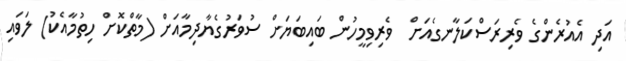
އަދި އެއުރެންގެ ވެރިރަސްކަލާނގެއަށް  ވެރިވިމީހުން ބައިބަޔަށް ސުވަރުގެޔާދިމާއަށް (މާތްކޮށް ހިތުމާއެކު) ލަވައި